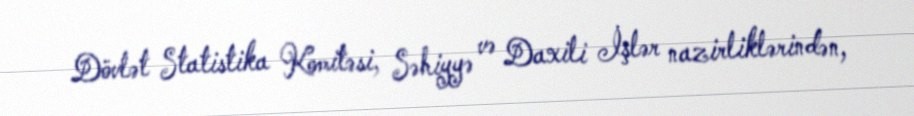
Dövlət Statistika Komitəsi, Səhiyyə və Daxili İşlər nazirliklərindən,